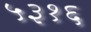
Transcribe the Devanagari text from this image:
५३१६